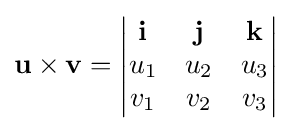
\mathbf {u\times v} ={\begin{vmatrix}\mathbf {i} &\mathbf {j} &\mathbf {k} \\u_{1}&u_{2}&u_{3}\\v_{1}&v_{2}&v_{3}\\\end{vmatrix}}